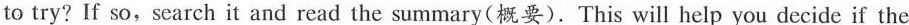
to try? If so,search it and read the summary(概要).This will help you decide if the